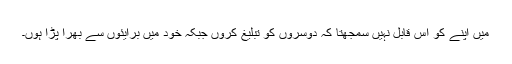
میں اپنے کو اس قابل نہیں سمجھتا کہ دوسروں کو تبلیغ کروں جبکہ خود میں برایئوں سے بھرا پڑا ہوں۔